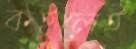
কইলেই